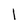
Character: 1